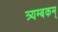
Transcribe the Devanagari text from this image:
त्र्यम्‍बकम्